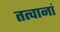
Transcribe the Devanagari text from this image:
तत्वानां